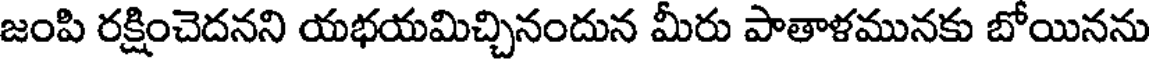
జంపి రక్షించెదనని యభయమిచ్చినందున మీరు పాతాళమునకు బోయినను